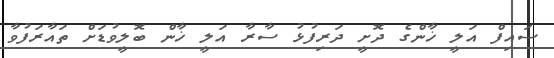
ސައިފް އަލީ ޚާންގެ ދޮށީ ދަރިފުޅު ސާރާ އަލީ ޚާން ބޮލީވުޑަށް ތައާރަފުވާ